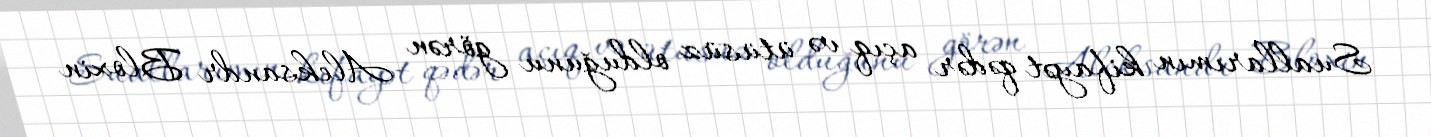
Suallarımın kifayət qədər açıq və ütüsüz olduğunu görən Aleksandr Bloxin